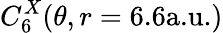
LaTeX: C_{6}^{X}(\theta,r=6.6\textrm{a.u.})